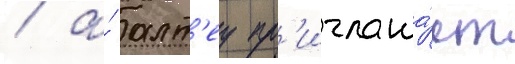
/ а́ алт'еу пр'иглаша́ет